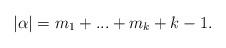
LaTeX: \begin{align*}\left\vert \alpha \right\vert =m_{1}+...+m_{k}+k-1.\end{align*}